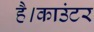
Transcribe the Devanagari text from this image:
है।काउंटर